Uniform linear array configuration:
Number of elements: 32
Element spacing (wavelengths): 0.25
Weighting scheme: cosine
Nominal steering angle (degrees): -45
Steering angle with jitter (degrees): -45.929
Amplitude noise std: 0.05
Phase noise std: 0.05

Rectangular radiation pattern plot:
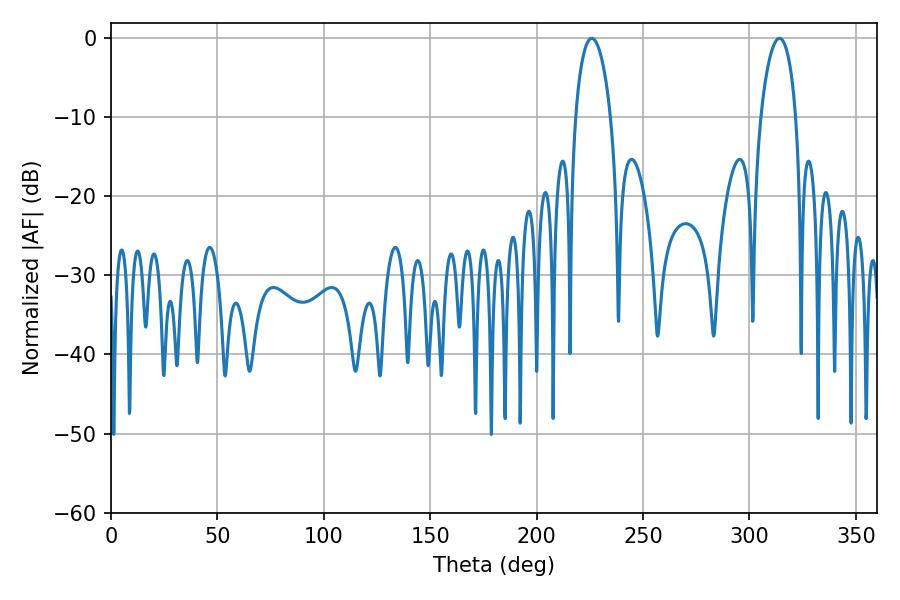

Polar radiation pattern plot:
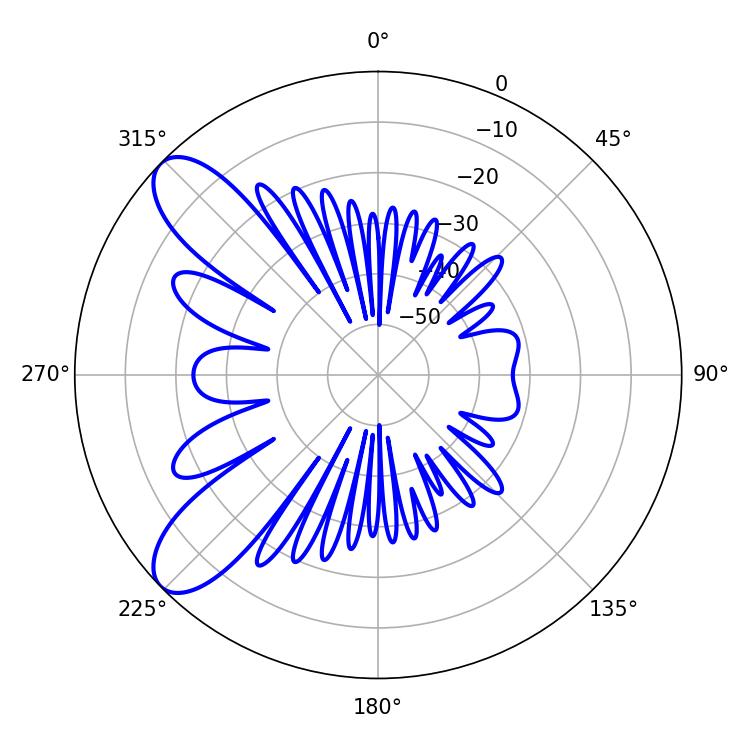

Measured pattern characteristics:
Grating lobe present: FALSE
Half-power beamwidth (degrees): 9.36
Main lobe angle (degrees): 225.9